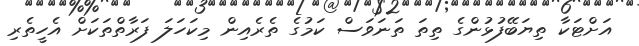
އަށްޓަކާ ތިޔަބޭފުޅުންގެ ތިތަ ތަނަވަސް ކަމުގެ ތެރެއިން މިކަހަލަ ފަރާތްތަކަށް އެހީތެރި